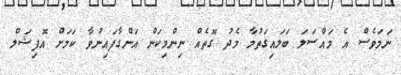
ނަމަވެސް އެ މައްސަލަ ބަލައިގަތުމާ މެދު ގޮތެއް ނިންމިކަން އަންގާފައިނުވާ ކަމަށް އޮފިޝަލް